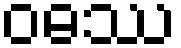
ဝဓဿ